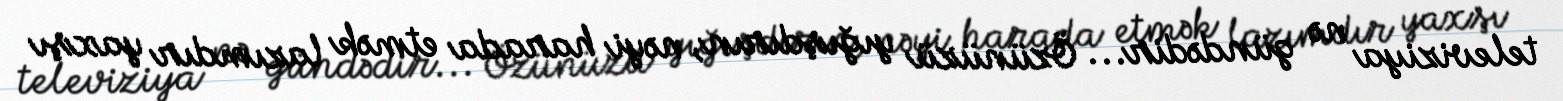
televiziya nə gündədir... Özünüzü yığışdırın, nəyi harada etmək lazımdır yaxşı